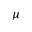
\mu